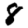
Digit: 8